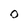
Character: O